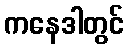
ကနေဒါတွင်